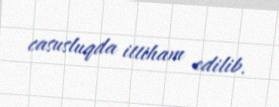
casusluqda ittiham edilib.